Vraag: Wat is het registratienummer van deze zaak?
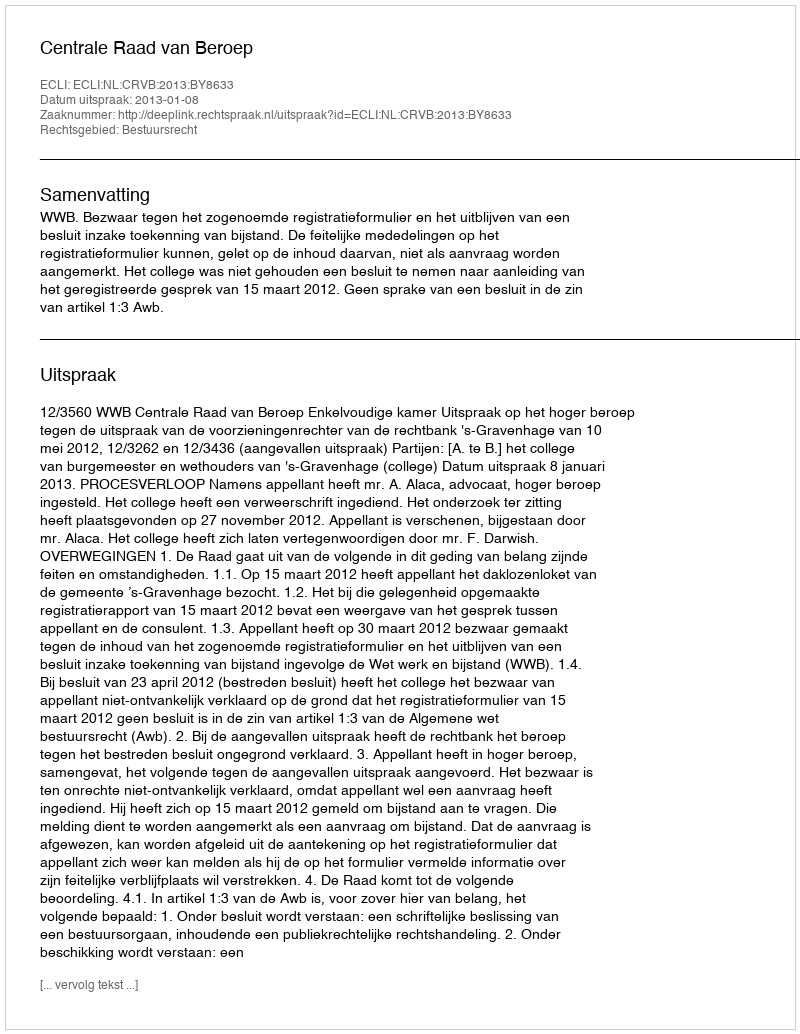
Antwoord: http://deeplink.rechtspraak.nl/uitspraak?id=ECLI:NL:CRVB:2013:BY8633